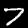
Digit: 7